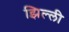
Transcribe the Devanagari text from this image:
झिल्‍ली